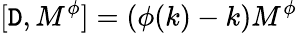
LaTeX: \lbrack\mathtt{D},M^{\phi}]=(\phi(k)-k)M^{\phi}